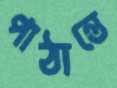
পাঠান্তে